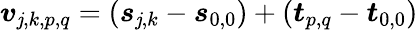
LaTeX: \boldsymbol{v}_{\mathit{j},k,p,q}=(\boldsymbol{s}_{\mathit{j},k}-\boldsymbol{s}_{0,0})+(\boldsymbol{t}_{p,q}-\boldsymbol{t}_{0,0})